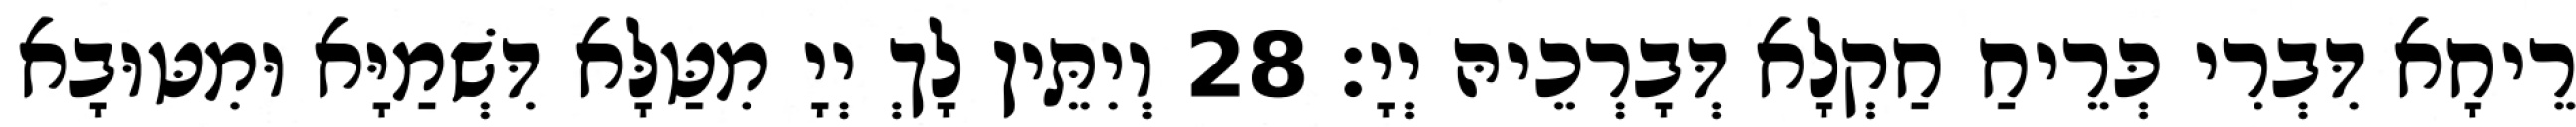
רֵיחָא דִּבְרִי כְּרֵיחַ חַקְלָא דְּבָרְכֵיהּ יְיָ׃ 28 וְיִתֵּין לָךְ יְיָ מִטַּלָּא דִּשְׁמַיָּא וּמִטּוּבָא